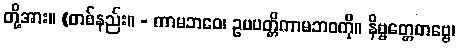
တို့အား။ (တစ်နည်း။ - ကာမဘဝေ၊ ဥပပတ္တိကာမဘဝကို။ နိဗ္ဗတ္တေတဗ္ဗေ၊